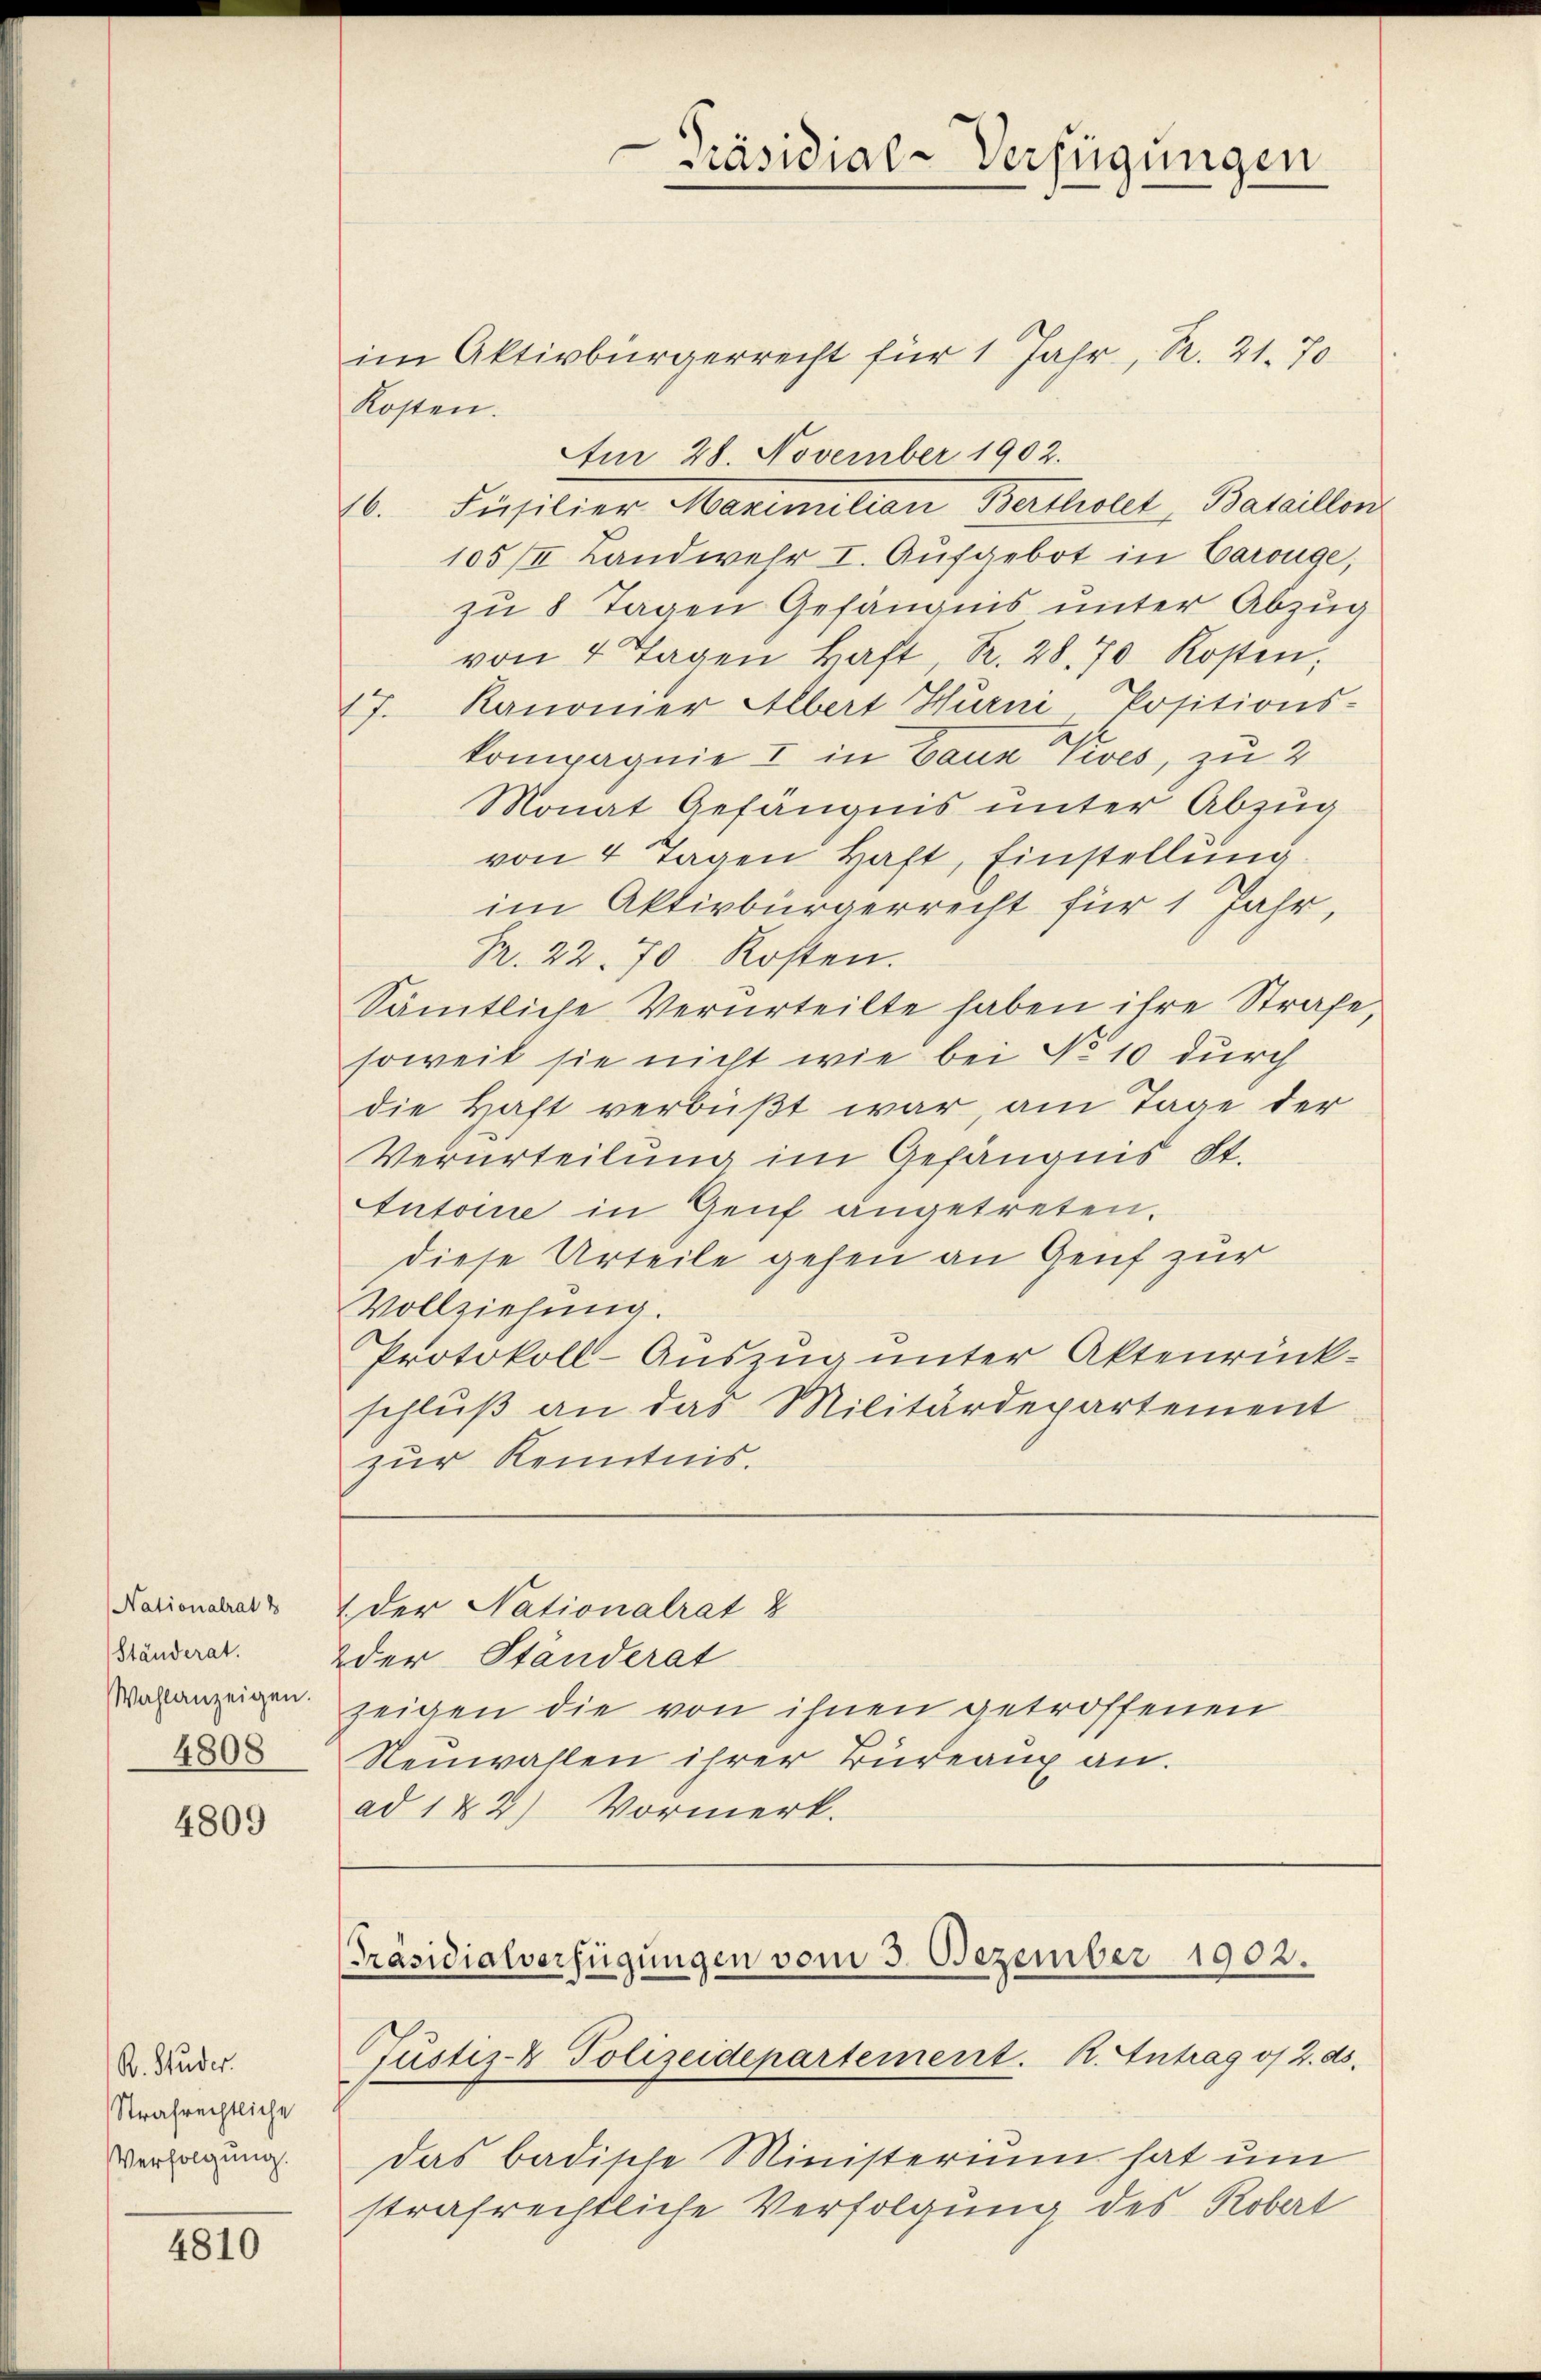
Nationalrat d
Ständerat.
Wahlanzeigen.
4808

4809

R. Studer.
Strafrechtliche
Verfolgung.

4810

Präsidial-Verfügungen

im Aktivbürgerrecht für 1 Jahr, R. 21. 70
Kosten.
Am 28. November 1902.
6. Füsilier Maximilian Bertholet, Bataillon
105/II Landwehr I. Aufgebot in Carouge,
zu 8 Tagen Gefängnis unter Abzug
von 4 Tagen kaft, R. 28. 70 Kosten,
17. Kanonier Albert Hurni Positions-
kompagnie & in Bann Pives, zu 2
Monat Gefängnis unter Abzug
von 4 Tagen Haft, Einstellung
im Aktivbürgerrecht für 1 Jahr,
Pr. 22. 70 Kosten.
Sämtliche Verurteilte haben ihre Strafe,
soweit sie nicht wie bei No 10 durch
die Haft verbüßt war am Tage der
Verurteilung im Gefängnis St.
Antoine in Genf angetreten.
diese Urteile gehen an Genf zur
Vollziehung.
Protokoll-Auszug unter Aktenrückschluß an das Militärdepartement
zur Kenntnis.
1 der Nationalrat &
der Ständerat
zeigen die von ihnen getroffenen
Neuwahlen ihrer Büreaux an.
ad 1 & 2.) Vormerk.

[Präsidialverfügungen vom 3. Dezember 1902.
Justiz- Polizeidepartement. R. Intrag of 2. ds.

Das badische Ministerium hat um
strafrechtliche Verfolgung des Robert